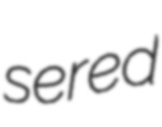
sered